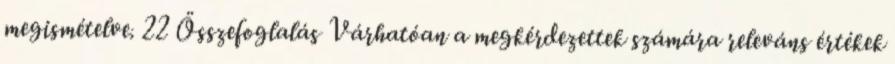
megismételve. 22 Összefoglalás Várhatóan a megkérdezettek számára releváns értékek